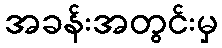
အခန်းအတွင်းမှ